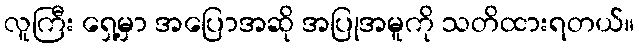
လူကြီး ရှေ့မှာ အပြောအဆို အပြုအမူကို သတိထားရတယ်။